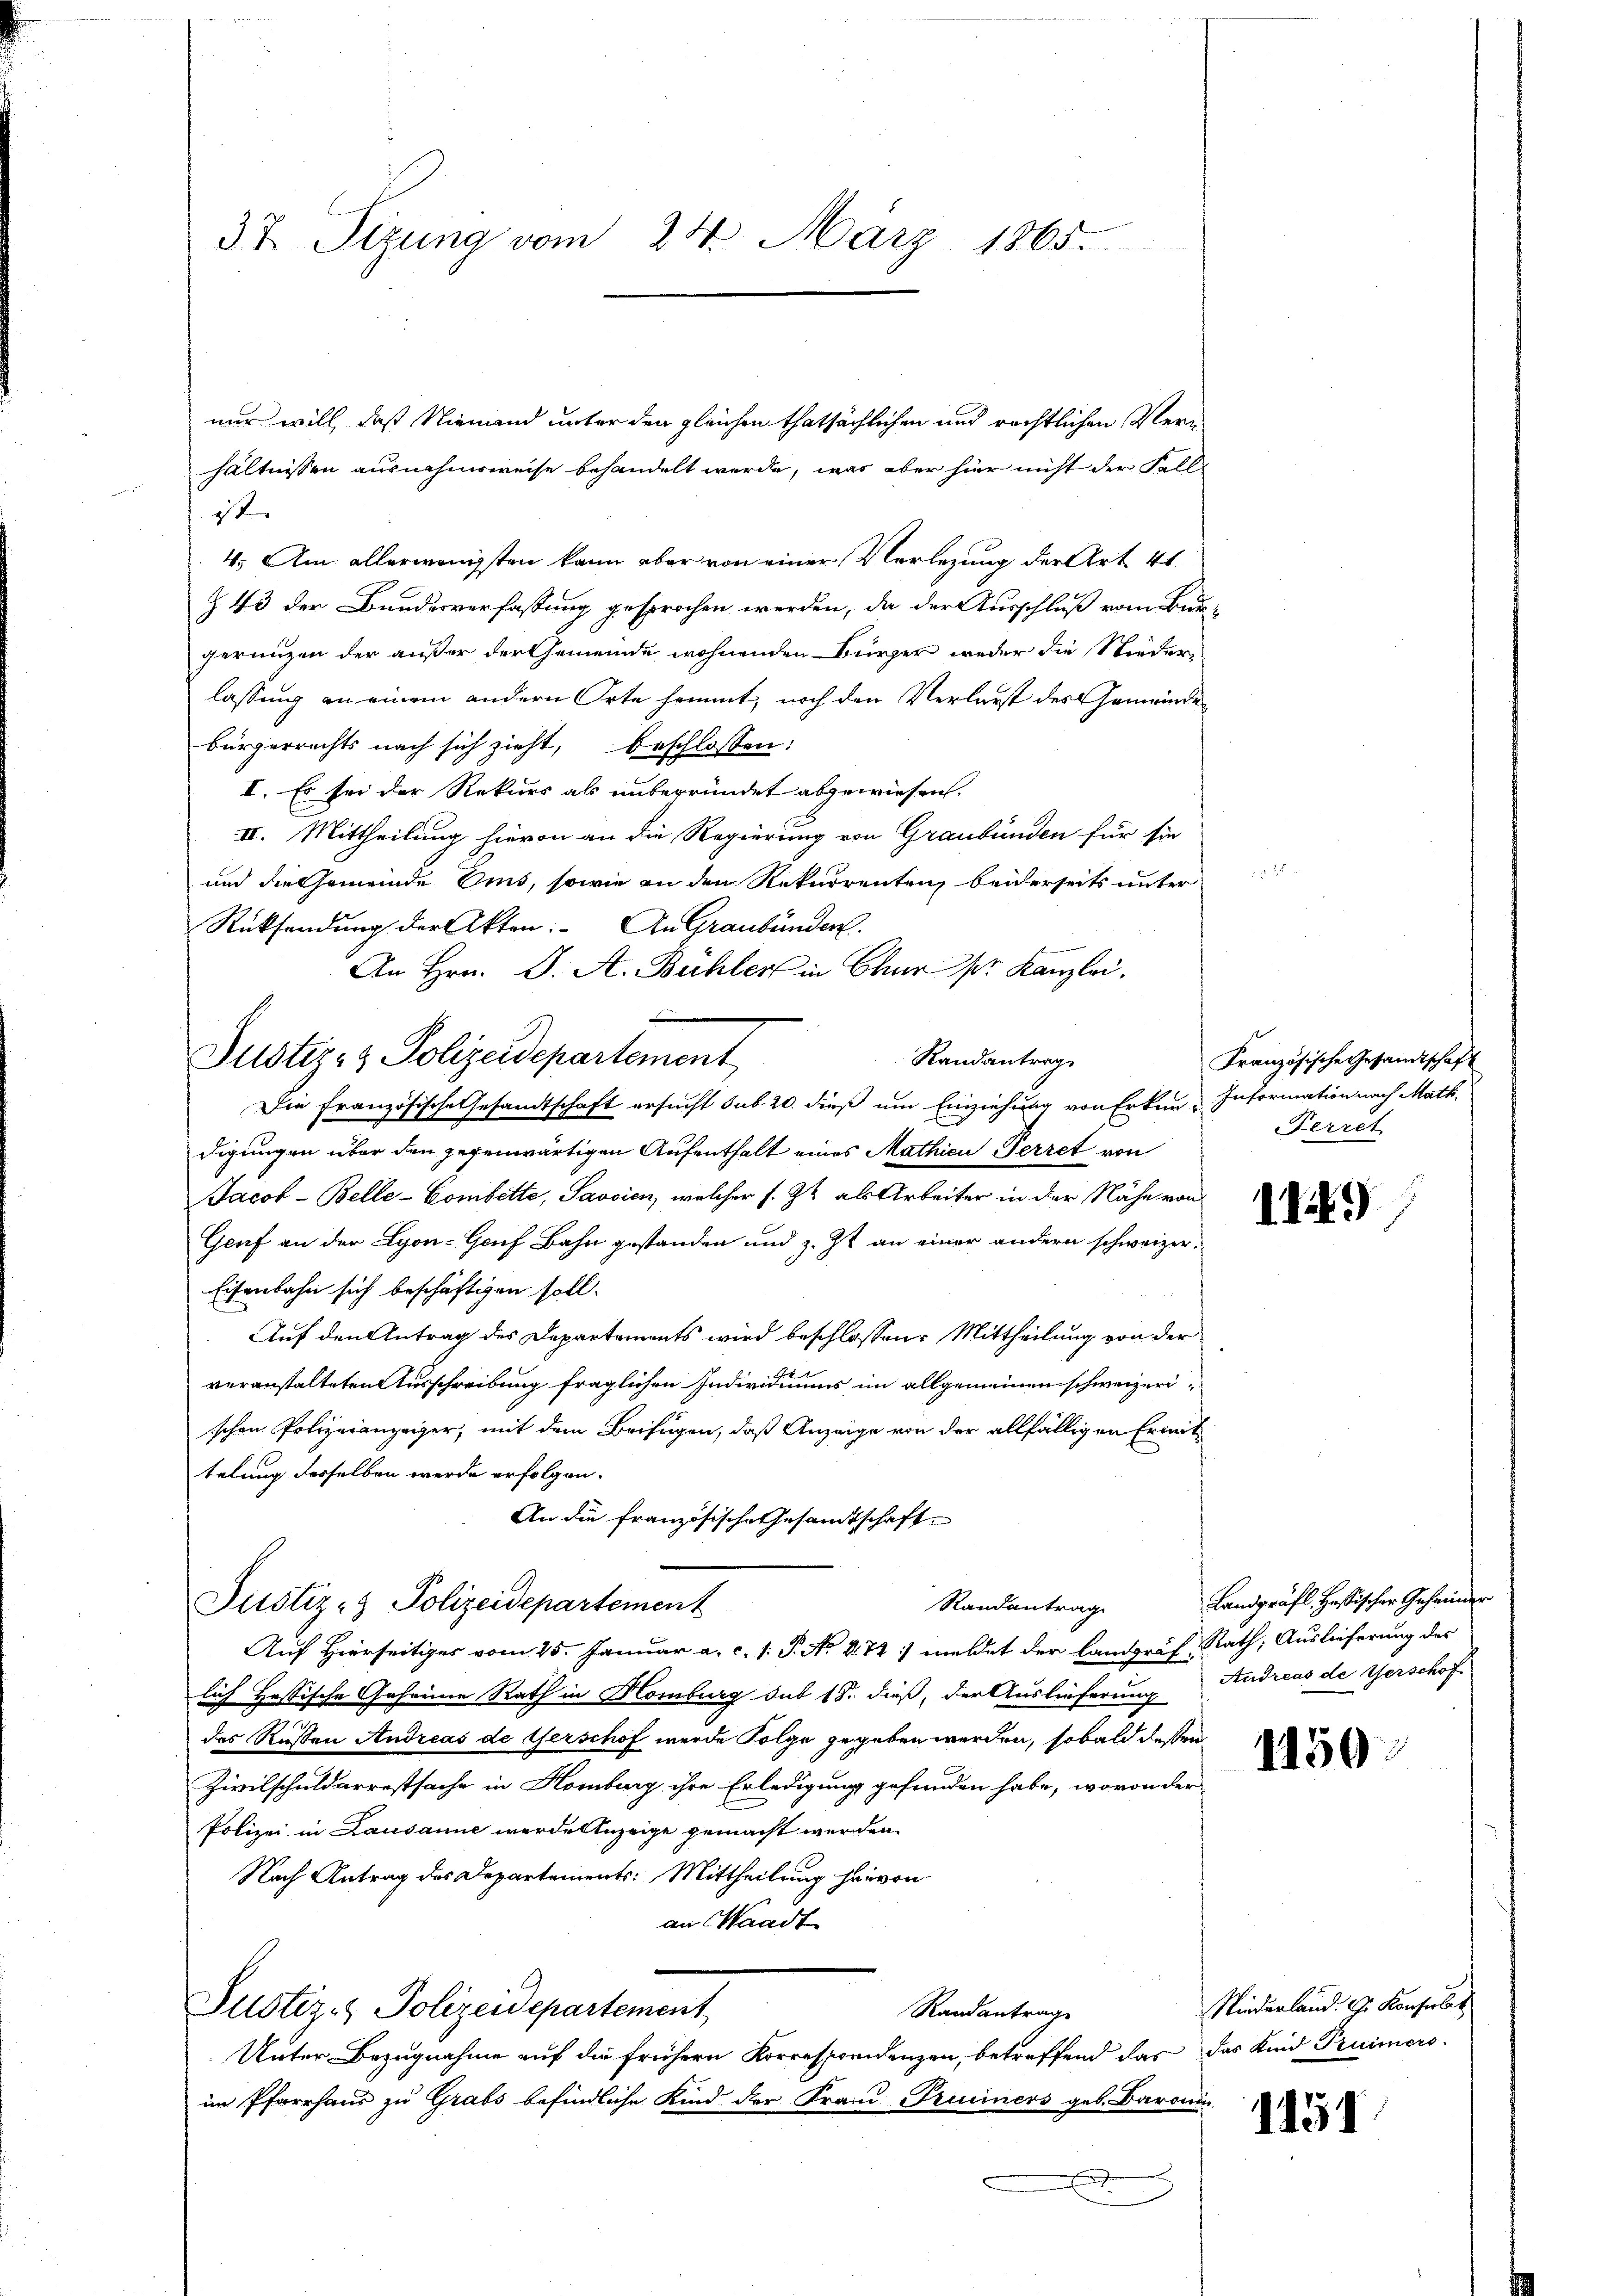
37. Sizung vom 24. März 1865.

nur will, daß Niemand unter den gleichen thatsächlichen und rechtlichen Verhältnissen ausnahmsweise behandelt werde, was aber hier nicht der Falle
t
4.) Am allerwenigsten kann aber von einer Verlegung der Art. 41.
§ 43 der Bundesverfassung gesprochen werden, da der Ausschluß vom Burgerungen der außer der Gemeinde wohnenden Bürger weder die Nieder-
lassung an einem andern Orte hemmt, noch den Verlasst des Gemeindebürgerrechts nach sich zieht, beschlossen:
I. Es sei der Rekurs als unbegründet abgewiesen.
II. Mittheilung hievon an die Regierung von Graubünden für sie
und die Gemeinde Oms, sowie an den Rekurrentenz beiderseits unter
Rücksendung der Akten. An Graubünden.
An Hrn. J. A. Bühler in Chur pr. Kanzlei.
Randantrag
Die französische Gesandtschaft ersucht sub 20. dieß um Einziehung von Erkun- Information nach Math.
digungen über den gegenwärtigen Aufenthalt eines Mathien Perret von
Jacob-Belle-Gombette, Savsien, welcher s. Zt. als Arbeiter in der Nähe von
Geuf an der Lyon-Gouf Bahn gestanden und z. Zt. an einer andern schweizer¬
Eisenbahn sich beschäftigen soll.
Auf den Antrag des Departements wird beschlossen: Mittheilung von der
veranstalteten Ausschreibung fraglichen Individuums im allgemeinen schweizerischen Polizeianzeiger, mit dem Beifügen, daß Anzeige von der allfälligen Ermittelung desselben werde erfolgen.
An die französische Gesandtschaft
Justiz- & Polizeidepartement
Randantrag
Auf Hierseitiges vom 25. Januar a. c. s. P. N. V. 72. meldet der Landgraf Rath, Auslieferung des
lich Hessische Geheime Rath in Homburg sub 18. dieß, der Auslieferung Andreas de Verschof
des Russen Andreas de Gerschof wurde Folge gegeben werden, sobald deßen
Zivilschuldarrestsache in Homburg ihre Erledigung gefunden habe, wovon der
Polizei in Lausanne werde Anzeige gemacht werden.
Nach Antrag des Departements: Mittheilung hievon
an Waadt
Justiz- & Polizeidepartement
Randantrage
Unter Bezugnahme auf die frühern Korresponidenzen, betreffend das das Kind Pruimers
im Pfarrhaus zu Grabs befindliche Kind der Frau Priminers geb. Baronin
E

a

Justiz- & Polizeidepartement

Französische Gesandtschaft
Ferret

119

Landgräfl. Hastischer Geheimer

1150

Niederland. G. Konsulat

1151